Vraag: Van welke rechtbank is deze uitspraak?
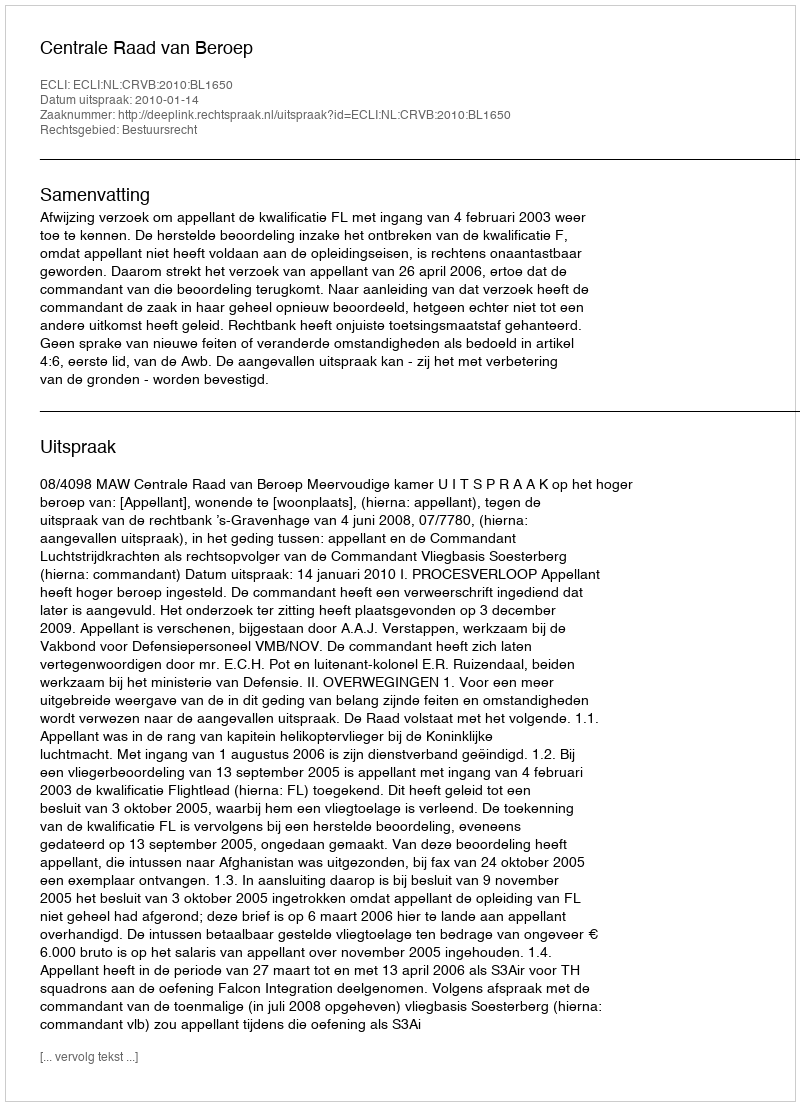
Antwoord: Centrale Raad van Beroep